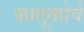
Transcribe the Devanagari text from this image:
फालूकोर्व